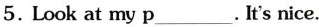
5. Look at my p___. It's nice.